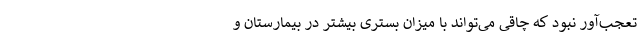
تعجب‌آور نبود که چاقی می‌تواند با میزان بستری بیشتر در بیمارستان و